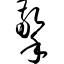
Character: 擎